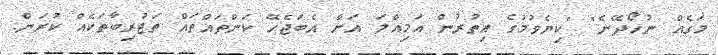
މަގެއް ނުހޯދޭނެ" "ކިޔެވުމުގެ އިތުރުން އަމިއްލަ އަށް އެބަޖެހޭ ކަންތައްތައް ތަޖުރިބާތަކެއް ކުރަން.